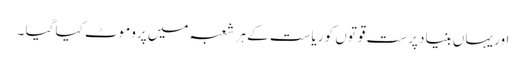
اور یہاں بنیاد پرست قوتوں کو ریاست کے ہر شعبہ میں پروموٹ کیا گیا ۔